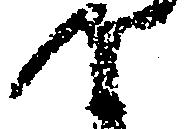
て